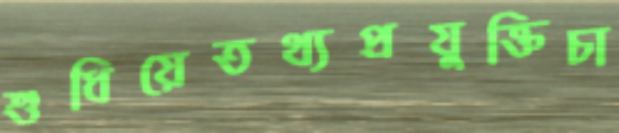
শুধিয়েতথ্যপ্রযুক্তিচা